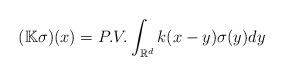
LaTeX: \begin{align*}(\mathbb{K} \sigma ) (x) = P. V. \int_{\mathbb{R}^d} k (x-y)\sigma(y)dy \end{align*}